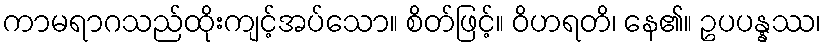
ကာမရာဂသည်ထိုးကျင့်အပ်သော။ စိတ်ဖြင့်။ ဝိဟရတိ၊ နေ၏။ ဥပပန္နဿ၊